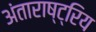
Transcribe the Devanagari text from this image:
अंताराष्ट्रिय